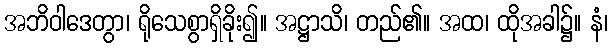
အဘိဝါဒေတွာ၊ ရိုသေစွာရှိခိုး၍။ အဋ္ဌာသိ၊ တည်၏။ အထ၊ ထိုအခါ၌။ နံ၊